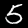
Label: 5